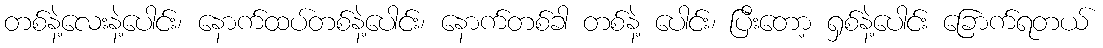
တစ်နဲ့လေးနဲ့ပေါင်း၊ နောက်ထပ်တစ်နဲ့ပေါင်း၊ နောက်တစ်ခါ တစ်နဲ့ ပေါင်း၊ ပြီးတော့ ရှစ်နဲ့ပေါင်း ခြောက်ရတယ်